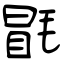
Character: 毷